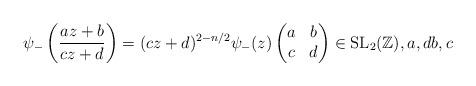
LaTeX: \begin{align*}\psi_-\left(\frac{az+b}{cz+d}\right) = (cz+d)^{2-n/2} \psi_-(z) \begin{pmatrix} a & b \\ c & d\end{pmatrix} \in \mathrm{SL}_2(\mathbb{Z}), a,d b,c \end{align*}